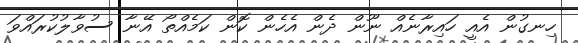
ހިނގުން އެއީ ހައިރާނެއް ނޫން ދެން އެހެން ކޮން ކަމެއްތޯ އޭނާ ސުވާލުކުރަައްވަ